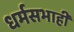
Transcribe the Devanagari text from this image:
धर्मसभाही